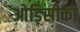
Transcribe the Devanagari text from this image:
ओड़िसीका